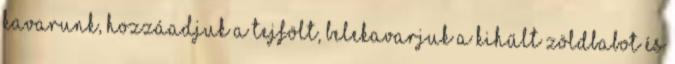
kavarunk, hozzáadjuk a tejfölt, belekavarjuk a kihűlt zöldbabot és